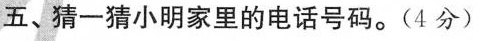
五、猜一猜小明家里的电话号码。(4分)